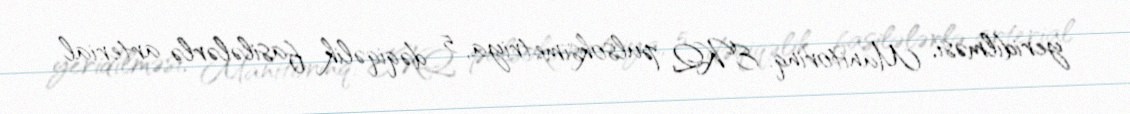
yeridilməsi, Manitorinq: EKQ, pulsoksimetriya, 5 dəqiqəlik fasilələrlə arterial